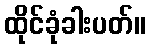
ထိုင်ခုံခါးပတ်။